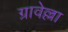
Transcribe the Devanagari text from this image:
ग्रावेल्ला